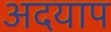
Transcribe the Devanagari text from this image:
अदयाप